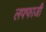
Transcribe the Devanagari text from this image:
लफ्फाजी